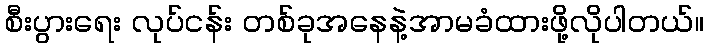
စီးပွားရေး လုပ်ငန်း တစ်ခုအနေနဲ့အာမခံထားဖို့လိုပါတယ်။